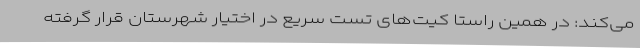
می‌کند: در همین راستا کیت‌های تست سریع در اختیار شهرستان قرار گرفته